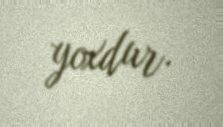
yoxdur.